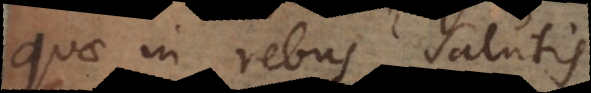
quae in rebus salutis